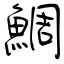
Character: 鯛